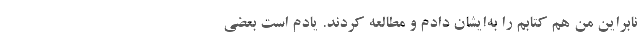
نابراین من هم کتابم را به‌ایشان دادم و مطالعه کردند. یادم است بعضی